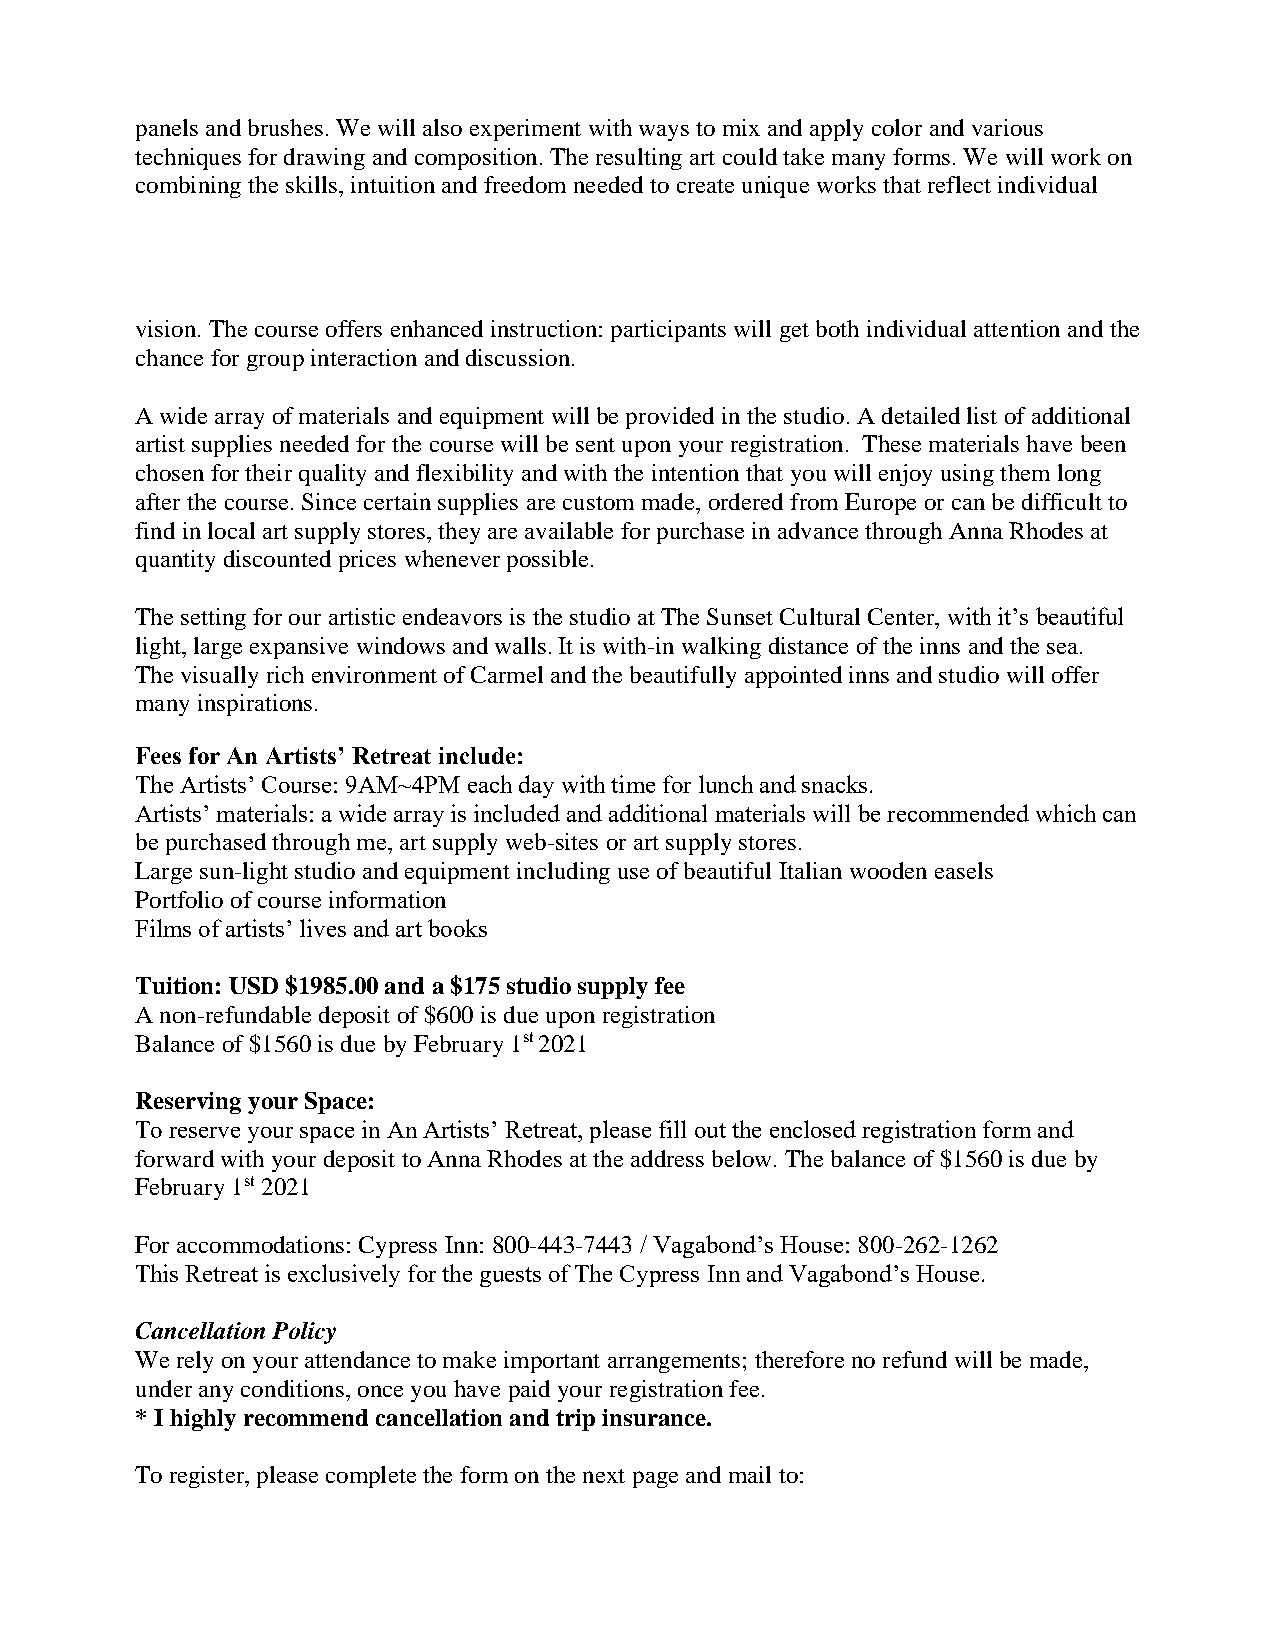
panels and brushes. We will also experiment with ways to mix and apply color and various
 techniques for drawing and composition. The resulting art could take many forms. We will work on
 combining the skills, intuition and freedom needed to create unique works that reflect individual
 vision. The course offers enhanced instruction: participants will get both individual attention and the
 chance for group interaction and discussion.
 A wide array of materials and equipment will be provided in the studio. A detailed list of additional
 artist supplies needed for the course will be sent upon your registration. These materials have been
 chosen for their quality and flexibility and with the intention that you will enjoy using them long
 after the course. Since certain supplies are custom made, ordered from Europe or can be difficult to
 find in local art supply stores, they are available for purchase in advance through Anna Rhodes at
 quantity discounted prices whenever possible.
 The setting for our artistic endeavors is the studio at The Sunset Cultural Center, with it’s beautiful
 light, large expansive windows and walls. It is with-in walking distance of the inns and the sea.
 The visually rich environment of Carmel and the beautifully appointed inns and studio will offer
 many inspirations.
 Fees for An Artists’ Retreat include:
 The Artists’ Course: 9AM~4PM each day with time for lunch and snacks.
 Artists’ materials: a wide array is included and additional materials will be recommended which can
 be purchased through me, art supply web-sites or art supply stores.
 Large sun-light studio and equipment including use of beautiful Italian wooden easels
 Portfolio of course information
 Films of artists’ lives and art books
 Tuition: USD $1985.00 and a $175 studio supply fee
 A non-refundable deposit of $600 is due upon registration
 Balance of $1560 is due by February 1st 2021
 Reserving your Space:
 To reserve your space in An Artists’ Retreat, please fill out the enclosed registration form and
 forward with your deposit to Anna Rhodes at the address below. The balance of $1560 is due by
 February 1st 2021
 For accommodations: Cypress Inn: 800-443-7443 / Vagabond’s House: 800-262-1262
 This Retreat is exclusively for the guests of The Cypress Inn and Vagabond’s House.
 Cancellation Policy
 We rely on your attendance to make important arrangements; therefore no refund will be made,
 under any conditions, once you have paid your registration fee.
 * I highly recommend cancellation and trip insurance.
 To register, please complete the form on the next page and mail to: